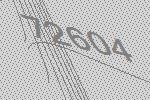
72604